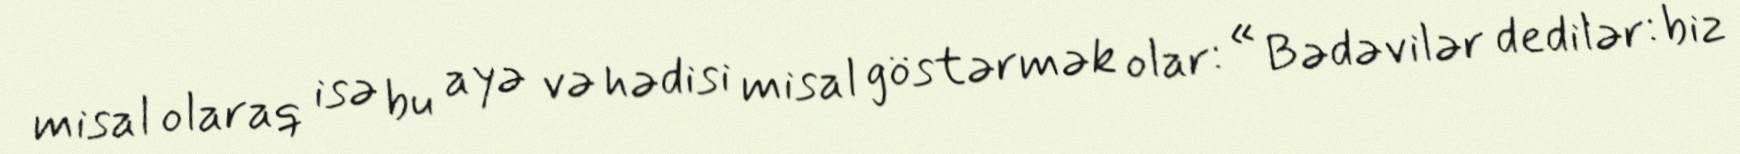
misal olaraq isə bu ayə və hədisi misal göstərmək olar: « Bədəvilər dedilər: biz